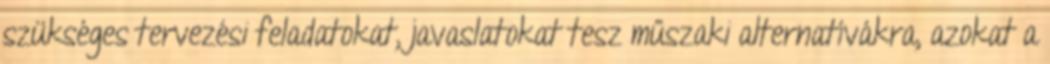
szükséges tervezési feladatokat, javaslatokat tesz műszaki alternatívákra, azokat a